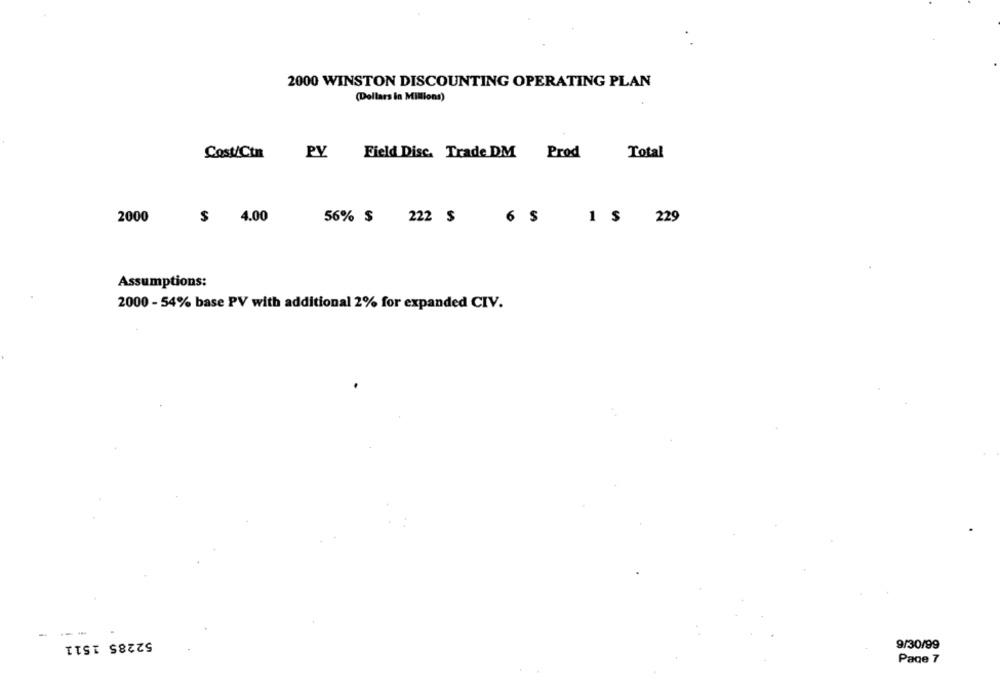
2000 WINSTON DISCOUNTING OPERATING PLAN
(Dollars in Millions)
Cost/Ct
PV
Field Disc. Trade DM Prod
Total
2000
$ 4.00
56% $ 222 $
6 $ 1 $ 229
Assumptions:
2000 - 54% base PV with additional 2% for expanded CIV.
-
52285 1511
9/30/99
Page 7